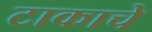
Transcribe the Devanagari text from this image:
टाकाचे